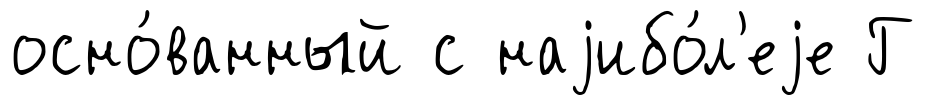
осно́ванный с наjибо́л'еjе Г